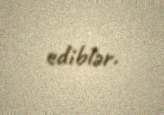
ediblər.